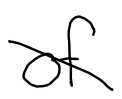
Text: of
Cross-out: diagonal
Writing tool: digital_black